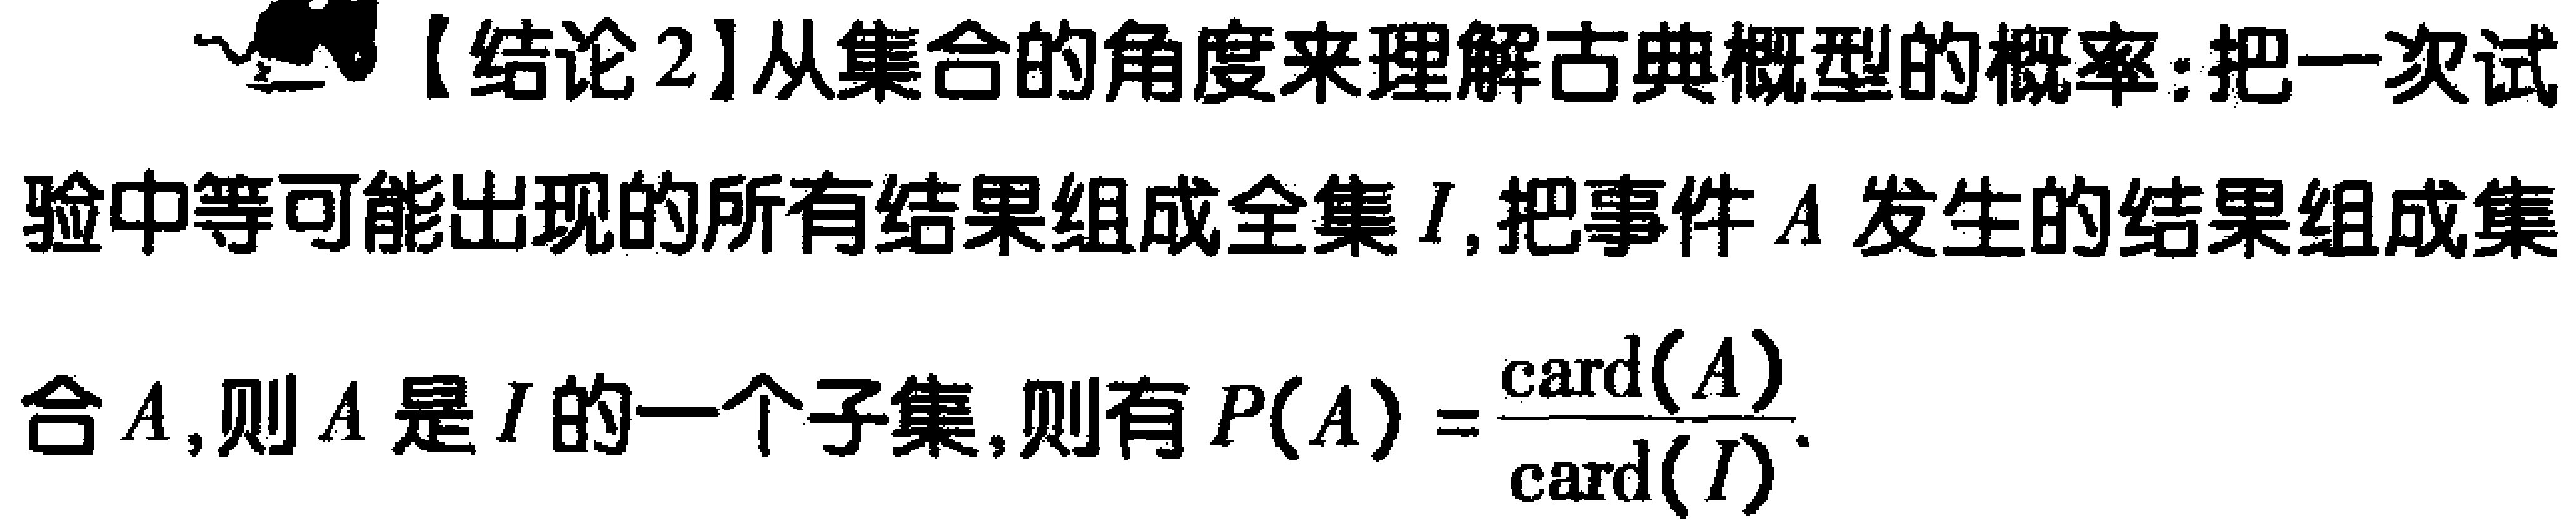
【结论2】从集合的角度来理解古典概型的概率：把一次试验中等可能出现的所有结果组成全集\(I\)，把事件\(A\)发生的结果组成集合\(A\)，则\(A\)是\(I\)的一个子集，则有\(P(A)=\frac{\mathrm{card}(A)}{\mathrm{card}(I)}\)。